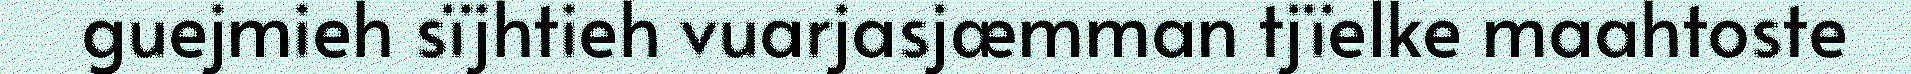
guejmieh sïjhtieh vuarjasjæmman tjïelke maahtoste